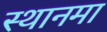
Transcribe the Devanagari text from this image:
स्थानमा